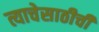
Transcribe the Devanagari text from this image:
त्याचेसाठीची